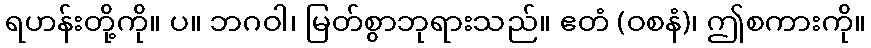
ရဟန်းတို့ကို။ ပ။ ဘဂဝါ၊ မြတ်စွာဘုရားသည်။ ဧတံ (ဝစနံ)၊ ဤစကားကို။